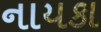
નાયકા